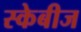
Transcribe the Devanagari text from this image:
स्केबीज